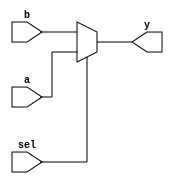
// Mux 2 input (5 bit wide) 1 output (5 bit wide)

module MUX5(a, b, sel, y);
  input [4:0] a, b;
  input sel;
  output [4:0] y;

  assign y = (sel) ? a : b;

endmodule